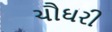
ચૌઘરી